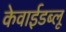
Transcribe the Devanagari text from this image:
केवाईडब्लू